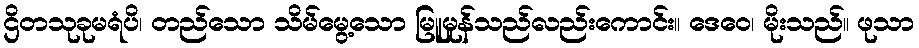
ဌိတသုခုမရံပိ၊ တည်သော သိမ်မွေ့သော မြူမှုန်သည်လည်းကောင်း။ ဒေဝေ၊ မိုးသည်။ ဖုသာ